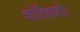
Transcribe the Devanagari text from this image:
शांतिवादी।